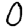
Digit: 0